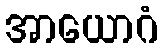
အာယောဂံ